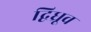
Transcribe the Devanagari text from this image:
द्विध्रूव